Report of the Municipal Commissioner on the plague in Bombay for the year ending 31st May... - Volume 1
Disease focus: Plague
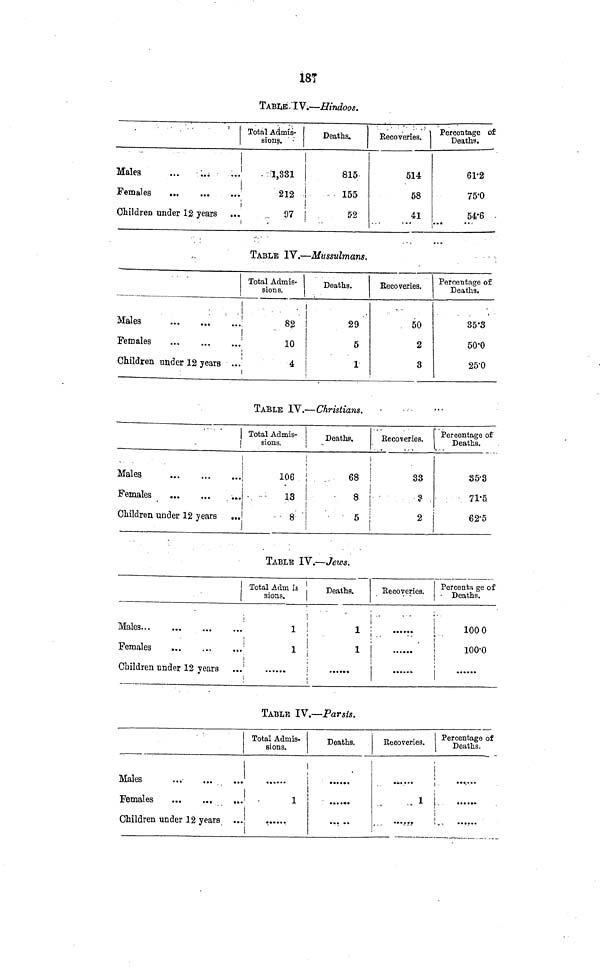
187
TABLE! IV.—Hindoos.
Males
Females
Children under 12 years
Total Admis-
sions.
1,381
212
97
Deaths.
815
155
i
52
Recoveries. I
514
58
41
Percentage of
Deaths.
61·2
75·0
54·6
TABLE IV.—Mussulmans.
Total Admis-
sions.
Males
;
82
Females
'
10
Deaths.
29
5
Children under 12 year ...
4 |
1
!
Recoveries.
50
2
3
Percentage of
Deaths.
35·3
50·0
25·0
TABLE 1Y.—Christians.
Total Adinis-
sions.
Males
Females
Children under 12 years ...
106
18
8
Deathe.
68
8
5
Recoveries.
33
9
2
Percentage of
Deaths.
85·8
71·5
62·5
TABLE IV.—Jews.
Total Adm is
sions.
Males
1
Females
1
i
Children under 12 years ...'
Deaths.
1
1
Recoveries.
••••••
Percenta ge of
Deaths.
1000
100-0
i
i
TABLE IV.—Parsis.
Males
Females
...
Children under 12 years
Total Admis-
sions.
......
Deaths.
... •••
Recoveries.
1
......
Percentage of
Deaths.
......